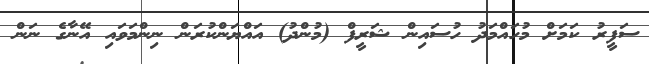
ސަފީރު ކަމަށް މުހައްމަދު ހުސައިން ޝަރީފް (މުންދު) އައްޔަންކުރަން ނިންމަވައި އޭނާގެ ނަން